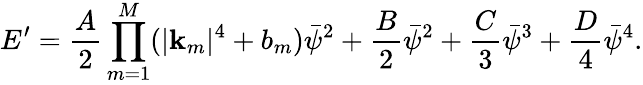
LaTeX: E^{\prime}=\frac{A}{2}\prod_{m=1}^{M}(|\mathbf{k}_{m}|^{4}+b_{m})\bar{\psi}^{2}+\frac{B}{2}\bar{\psi}^{2}+\frac{C}{3}\bar{\psi}^{3}+\frac{D}{4}\bar{\psi}^{4}.